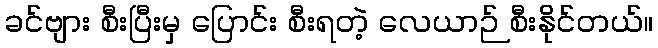
ခင်ဗျား စီးပြီးမှ ပြောင်း စီးရတဲ့ လေယာဉ် စီးနိုင်တယ်။